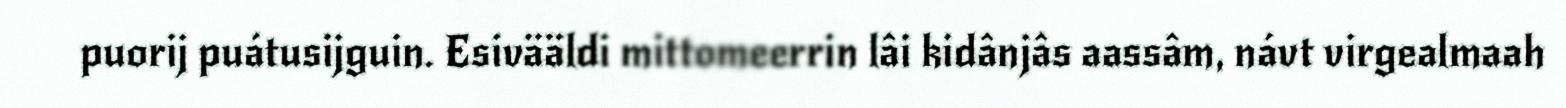
puorij puátusijguin. Esivääldi mittomeerrin lâi kidânjâs aassâm, návt virgealmaah